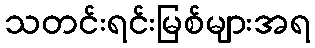
သတင်းရင်းမြစ်များအရ